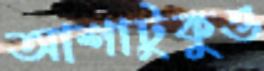
আশাটুকুও